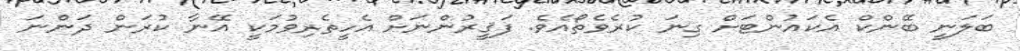
ބަލަނީ ބޭންކް އެކައުންޓަށް ގިނަ ކުރެވެތޯއެވެ. ފަޤީރުންނަށް އެހީތެރިވުމަކީ އޭނާ ކުރަން ދަންނަ